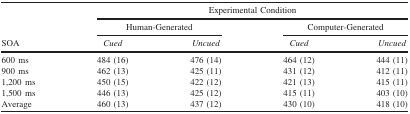
|  | <COLSPAN=4> Experimental Condition |
 |  | <COLSPAN=2> Human‐Generated | <COLSPAN=2> Computer‐Generated |
 | SOA | Cued | Uncued | Cued | Uncued |
 | --- | --- | --- | --- | --- |
 | 600 ms | 484 (16) | 476 (14) | 464 (12) | 444 (11) |
 | 900 ms | 462 (13) | 425 (11) | 431 (12) | 412 (11) |
 | 1,200 ms | 450 (15) | 422 (12) | 421 (13) | 415 (11) |
 | 1,500 ms | 446 (13) | 425 (12) | 415 (11) | 403 (10) |
 | Average | 460 (13) | 437 (12) | 430 (10) | 418 (10) |